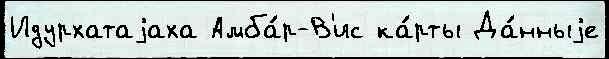
Идурхатаjаха Амба́р-В'ис ка́рты Да́нныjе